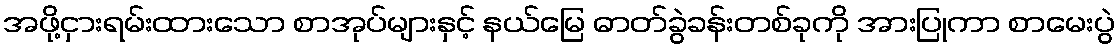
အဖို့ငှားရမ်းထားသော စာအုပ်များနှင့် နယ်မြေ ဓာတ်ခွဲခန်းတစ်ခုကို အားပြုကာ စာမေးပွဲ